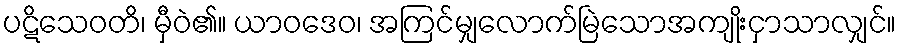
ပဋိသေဝတိ၊ မှီဝဲ၏။ ယာဝဒေဝ၊ အကြင်မျှလောက်မြဲသောအကျိုးငှာသာလျှင်။